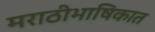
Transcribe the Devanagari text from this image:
मराठीभाषिकात